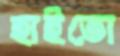
হাইতো